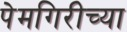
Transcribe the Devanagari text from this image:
पेमगिरीच्या